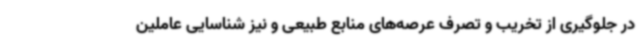
در جلوگیری از تخریب و تصرف عرصه‌های منابع طبیعی و نیز شناسایی عاملین